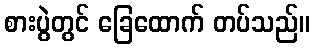
စားပွဲတွင် ခြေထောက် တပ်သည်။